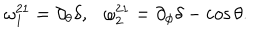
\omega _ { 1 } ^ { 2 1 } = \partial _ { \theta } \delta , \omega _ { 2 } ^ { 2 1 } = \partial _ { \phi } \delta - \cos \theta .